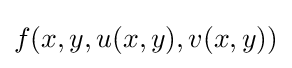
f(x,y,u(x,y),v(x,y))